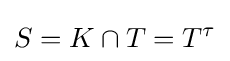
S=K\cap T=T^{\tau }